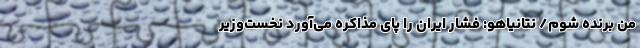
من برنده شوم/ نتانیاهو: فشار ایران را پای مذاکره می‌آورد نخست‌وزیر